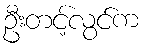
ဦးတင့်လွင်က